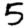
Digit: 5